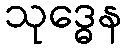
သုဒ္ဓေန